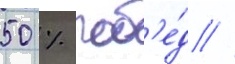
50 % поб'е́д //